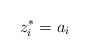
\begin{align*}z_i^* = a_i\end{align*}